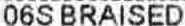
06S BRAISED